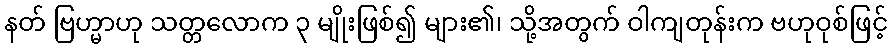
နတ် ဗြဟ္မာဟု သတ္တလောက ၃ မျိုးဖြစ်၍ များ၏၊ သို့အတွက် ဝါကျတုန်းက ဗဟုဝုစ်ဖြင့်